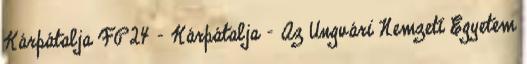
Kárpátalja FP24 - Kárpátalja - Az Ungvári Nemzeti Egyetem